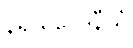
နိရယဝေဒနီယံ